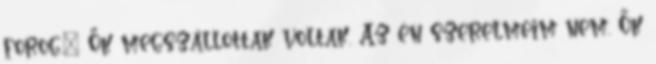
forog.” Ők megszállottak voltak. Az én szerelmeim nem. Ők